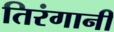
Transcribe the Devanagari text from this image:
तिरंगानी